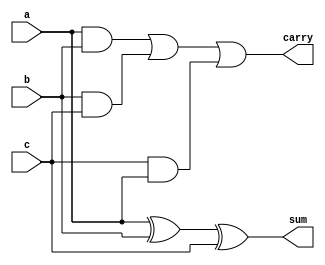
//#############################################################################
//# Function: Carry Save Adder (3:2)                                          #
//# Copyright: OH Project Authors. ALl rights Reserved.                       #
//# License:  MIT (see LICENSE file in OH repository)                         #
//#############################################################################

module asic_csa32 #(parameter PROP = "DEFAULT")
   (
     input  a,
     input  b,
     input  c,
     output sum,
     output carry
     );

   assign sum = a ^ b ^ c;
   assign carry = (a & b) | (b & c) | (c & a);

endmodule